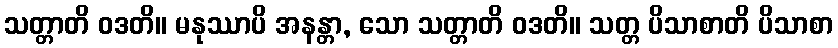
သတ္တာတိ ဝဒတိ။ မနုဿာပိ အနန္တာ, သော သတ္တာတိ ဝဒတိ။ သတ္တ ပိသာစာတိ ပိသာစာ